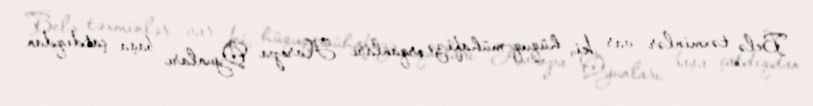
Belə təxminlər var ki, hüquq-mühafizə orqanları Avropa Oyunları başa çatdıqdan